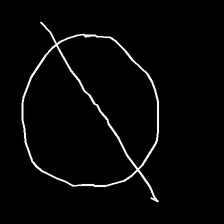
Glyph: orb